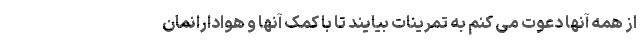
از همه آنها دعوت می کنم به تمرینات بیایند تا با کمک آنها و هوادارانمان